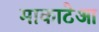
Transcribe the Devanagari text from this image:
माकाटेआ